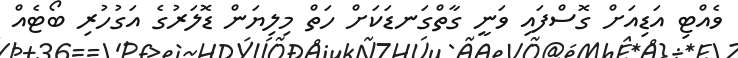
ވެއްޓި އަޑިއަށް ގޮސްފައި ވަނީ ގާތްގަނޑަކަށް ހަތް މިލިޔަން ޑޮލަރުގެ އަގުހުރި ބޯޓެއް